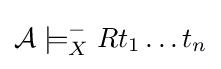
{\mathcal {A}}\models _{X}^{-}Rt_{1}\ldots t_{n}